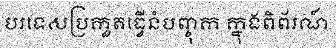
បរទេសប្រកួតធ្វើនំបញ្ចុក ក្នុងពិព័រណ៍